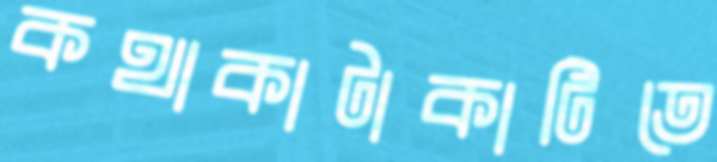
কথাকাটাকাটিতে